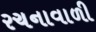
રચનાવાળી